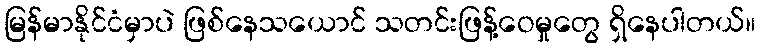
မြန်မာနိုင်ငံမှာပဲ ဖြစ်နေသယောင် သတင်းဖြန့်ဝေမှုတွေ ရှိနေပါတယ်။